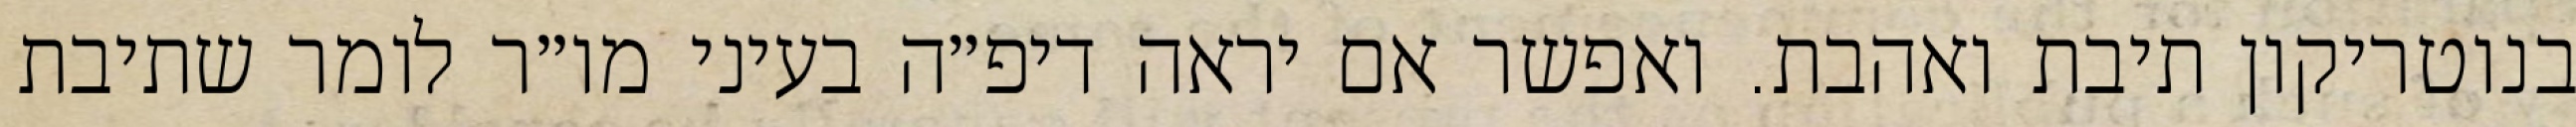
בנוטריקון תיבת ואהבת. ואפשר אם יראה דיפ״ה בעיני מו״ר לומר שתיבת